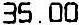
35.00